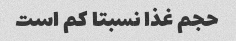
حجم غذا نسبتا کم است